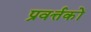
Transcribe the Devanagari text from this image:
प्रवर्त्तकों